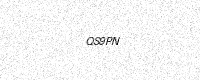
Text: QS9PN